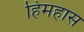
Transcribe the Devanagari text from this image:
हिमहास